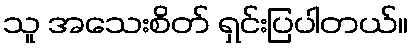
သူ အသေးစိတ် ရှင်းပြပါတယ်။